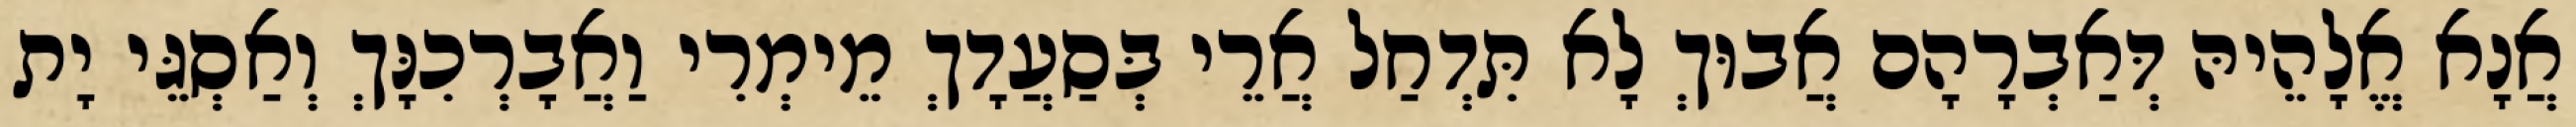
אֲנָא אֱלָהֵיהּ דְּאַבְרָהָם אֲבוּךְ לָא תִּדְחַל אֲרֵי בְּסַעֲדָךְ מֵימְרִי וַאֲבָרְכִנָּךְ וְאַסְגֵּי יָת